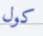
كول